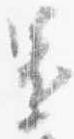
還